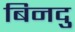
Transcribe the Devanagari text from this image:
बिनदु